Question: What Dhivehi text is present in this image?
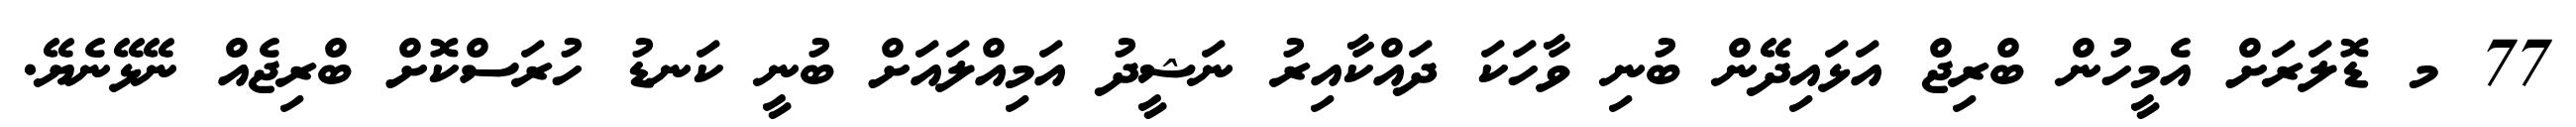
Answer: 77 މ ޑޮލަރަށް އެމީހުން ބްރިޖް އަޅައިދޭން ބުނި ވާހަކަ ދައްކާއިރު ނަޝީދު އަމިއްލައަށް ބުނީ ކަނޑު ހުރަސްކޮށް ބްރިޖެއް ނޭޅޭނެޔޭ.